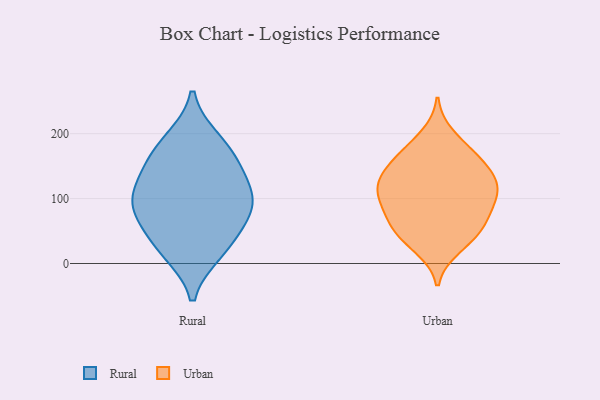
{"axis": {"x": "Customer Acquisition Cost (USD)", "y": "Value"}, "legend": ["Rural", "Urban"], "data": [{"x": "", "y": 18, "type": "Rural"}, {"x": "", "y": 88, "type": "Rural"}, {"x": "", "y": 88, "type": "Rural"}, {"x": "", "y": 176, "type": "Rural"}, {"x": "", "y": 52, "type": "Rural"}, {"x": "", "y": 142, "type": "Rural"}, {"x": "", "y": 97, "type": "Rural"}, {"x": "", "y": 100, "type": "Rural"}, {"x": "", "y": 190, "type": "Rural"}, {"x": "", "y": 25, "type": "Rural"}, {"x": "", "y": 145, "type": "Rural"}, {"x": "", "y": 198, "type": "Urban"}, {"x": "", "y": 24, "type": "Urban"}, {"x": "", "y": 145, "type": "Urban"}, {"x": "", "y": 59, "type": "Urban"}, {"x": "", "y": 174, "type": "Urban"}, {"x": "", "y": 98, "type": "Urban"}, {"x": "", "y": 134, "type": "Urban"}, {"x": "", "y": 33, "type": "Urban"}, {"x": "", "y": 138, "type": "Urban"}, {"x": "", "y": 162, "type": "Urban"}, {"x": "", "y": 165, "type": "Urban"}, {"x": "", "y": 112, "type": "Urban"}, {"x": "", "y": 75, "type": "Urban"}, {"x": "", "y": 65, "type": "Urban"}, {"x": "", "y": 43, "type": "Urban"}, {"x": "", "y": 99, "type": "Urban"}, {"x": "", "y": 109, "type": "Urban"}, {"x": "", "y": 123, "type": "Urban"}, {"x": "", "y": 64, "type": "Urban"}, {"x": "", "y": 111, "type": "Urban"}]}